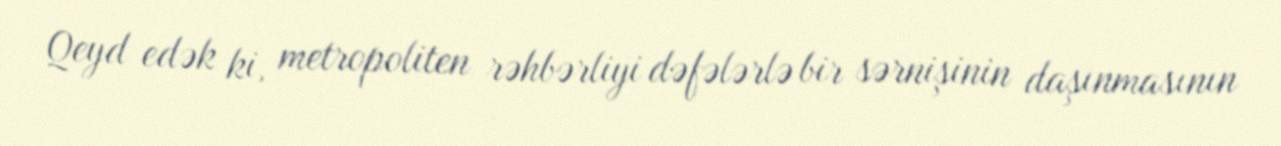
Qeyd edək ki, metropoliten rəhbərliyi dəfələrlə bir sərnişinin daşınmasının